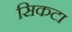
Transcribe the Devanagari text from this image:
सिकटा